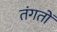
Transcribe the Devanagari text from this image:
तंगतों